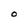
Character: O